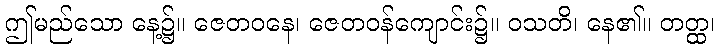
ဤမည်သော နေ့၌။ ဇေတဝနေ၊ ဇေတဝန်ကျောင်း၌။ ဝသတိ၊ နေ၏။ တတ္ထ၊